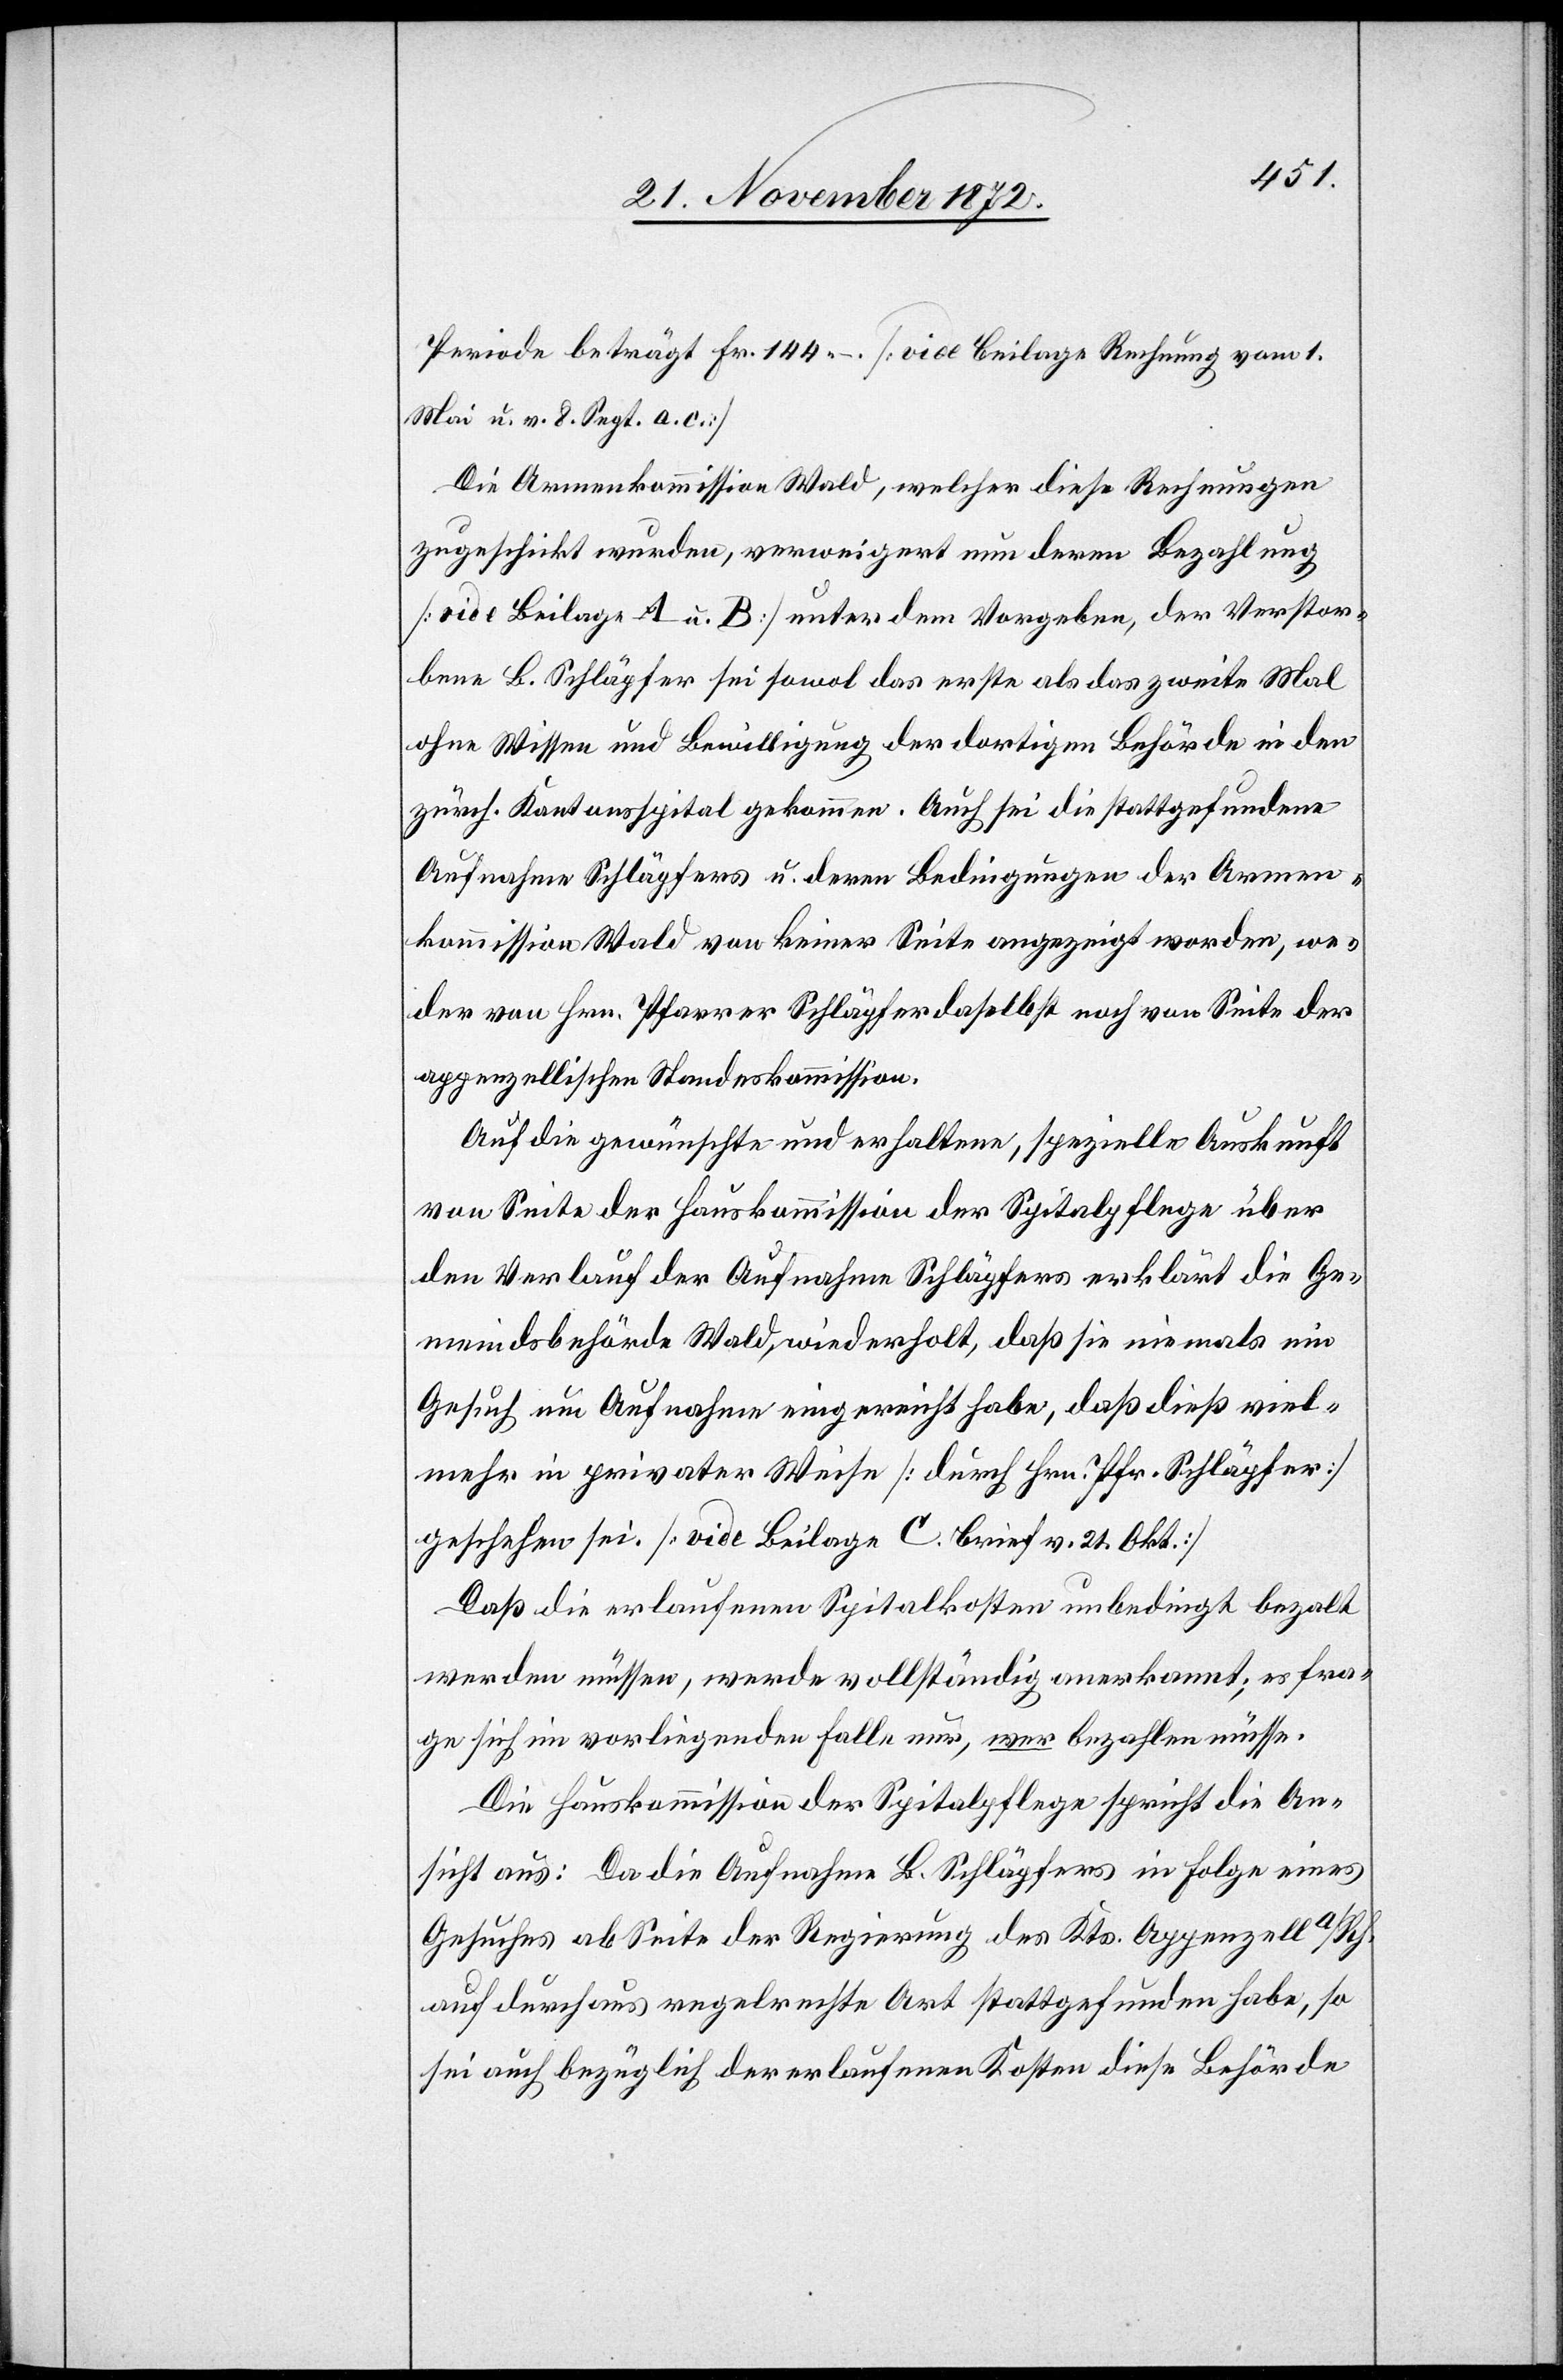
Periode beträgt Fr. 144 –. [vide Beilage Rechnung vom 1.
Mai u. v. 8. Sept. a. c.]
Die Armenkommission Wald, welcher diese Rechnungen
zugeschickt wurden, verweigert nun deren Bezahlung
[vide Beilage A u. B] unter dem Vorgeben, der Verstor¬
bene B. Schläpfer sei sowol das erste als das zweite Mal
ohne Wissen und Bewilligung der dortigen Behörde in den
zürch. Kantonsspital gekommen. Auch sei die stattgefundene
Aufnahme Schläpfers u. deren Bedingungen der Armen¬
kommission Wald von keiner Seite angezeigt worden, we¬
der von Hrn. Pfarrer Schläpfer daselbst noch von Seite der
appenzellischen Standeskommission.
Auf die gewünschte und erhaltene, spezielle Auskunft
von Seite der Hauskommission der Spitalpflege über
den Verlauf der Aufnahme Schläpfers erklärt die Ge¬
meindsbehörde Wald wiederholt, daß sie niemals ein
Gesuch um Aufnahme eingereicht habe, daß dieß viel¬
mehr in privater Weise [durch Hrn. Pfr. Schläpfer]
geschehen sei. [vide Beilage C. Brief v. 21. Okt.]
Daß die erlaufenen Spitalkosten unbedingt bezalt
werden müssen, werde vollständig anerkannt; es fra¬
ge sich im vorliegenden Falle nur, wer bezahlen müsse.
Die Hauskommission der Spitalpflege spricht die An¬
sicht aus: Da die Aufnahme B. Schläpfers in Folge eines
Gesuches ab Seite der Regierung des Kts. Appenzell a/Rh.
auf durchaus regelrechte Art stattgefunden habe, so
sei auch bezüglich der erlaufenen Kosten diese Behörde